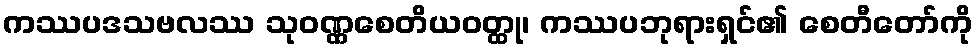
ကဿပဒသဗလဿ သုဝဏ္ဏစေတိယဝတ္ထု၊ ကဿပဘုရားရှင်၏ စေတီတော်ကို